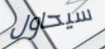
سيحاول